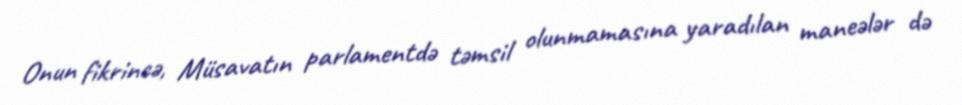
Onun fikrincə, Müsavatın parlamentdə təmsil olunmamasına yaradılan maneələr də